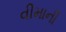
વીમાની